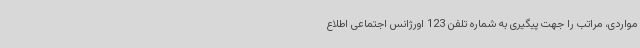
مواردی، مراتب را جهت پیگیری به شماره تلفن 123 اورژانس اجتماعی اطلاع